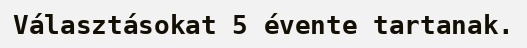
Választásokat 5 évente tartanak.